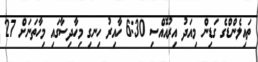
ތައިލެންޑްގެ ގަޑިން މިއަދު އިރުއޮއްސި 6:30 ހާއިރު ހިނގި މިހާދިސާގައި މިހާތަނަށް 27